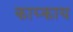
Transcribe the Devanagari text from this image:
काय्काय